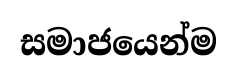
සමාජයෙන්ම